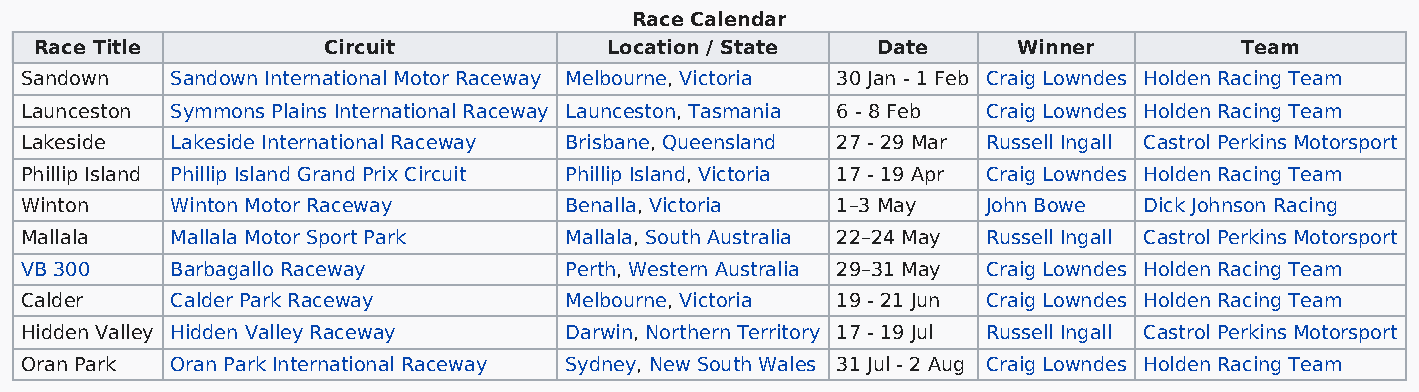
Race Calendar
 Race Title         Circuit            Location / State  Date     Winner         Team
 Sandown   Sandown International Motor Raceway Melbourne, Victoria 30 Jan - 1 Feb Craig Lowndes Holden Racing Team
 Launceston Symmons Plains International Raceway Launceston, Tasmania 6 - 8 Feb Craig Lowndes Holden Racing Team
 Lakeside  Lakeside International Raceway Brisbane, Queensland 27 - 29 Mar Russell Ingall Castrol Perkins Motorsport
 Phillip Island Phillip Island Grand Prix Circuit Phillip Island, Victoria 17 - 19 Apr Craig Lowndes Holden Racing Team
 Winton    Winton Motor Raceway      Benalla, Victoria 1–3 May   John Bowe  Dick Johnson Racing
 Mallala   Mallala Motor Sport Park  Mallala, South Australia 22–24 May Russell Ingall Castrol Perkins Motorsport
 VB 300    Barbagallo Raceway        Perth, Western Australia 29–31 May Craig Lowndes Holden Racing Team
 Calder    Calder Park Raceway       Melbourne, Victoria 19 - 21 Jun Craig Lowndes Holden Racing Team
 Hidden Valley Hidden Valley Raceway Darwin, Northern Territory 17 - 19 Jul Russell Ingall Castrol Perkins Motorsport
 Oran Park Oran Park International Raceway Sydney, New South Wales 31 Jul - 2 Aug Craig Lowndes Holden Racing Team